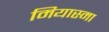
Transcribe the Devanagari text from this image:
मियास्मा